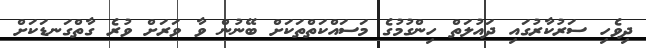
ދިވެހި ސަރުކާރުގައި ދައުލަތް ހިންގުމުގެ މަސައްކަތްތަކަށް ބޭނުން ވާ ވަރަށް ވުރެ ގާތްގަނޑަކަށް